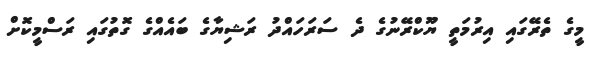
މީގެ ތެރޭގައި އިރުމަތީ ޔޫކްރޭނުގެ ދެ ސަރަހައްދު ރަޝިޔާގެ ބައެއްގެ ގޮތުގައި ރަސްމީކޮށް